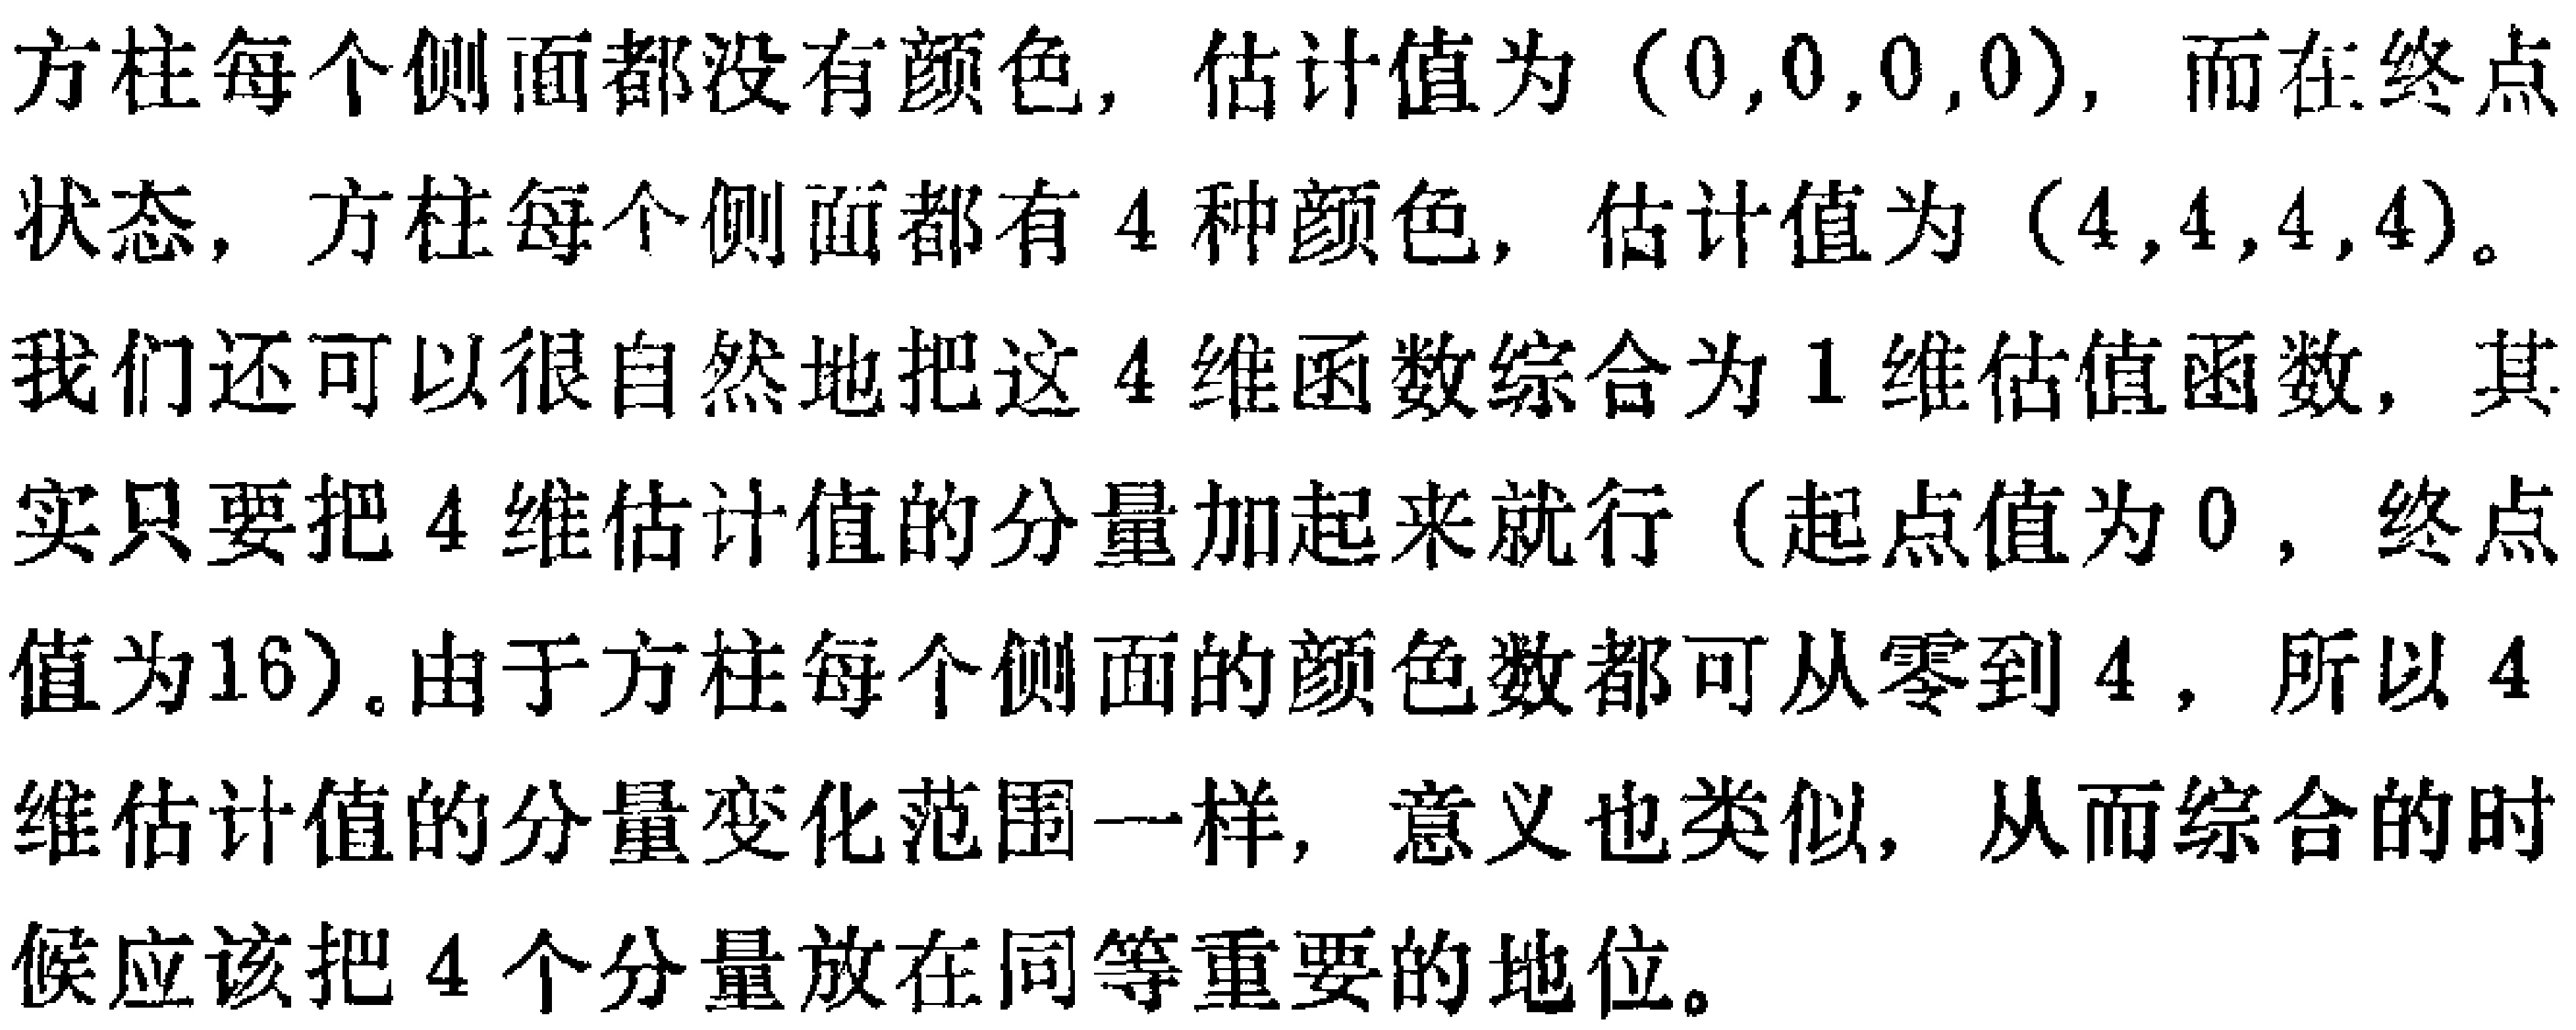
方柱每个侧面都没有颜色，估计值为\((0,0,0,0)\)，而在终点状态，方柱每个侧面都有\(4\)种颜色，估计值为\((4,4,4,4)\)。

我们还可以很自然地把这\(4\)维函数综合为\(1\)维估值函数，其实只要把\(4\)维估计值的分量加起来就行（起点值为\(0\)，终点值为\(16\)）。由于方柱每个侧面的颜色数都可从零到\(4\)，所以\(4\)维估计值的分量变化范围一样，意义也类似，从而综合的时候应该把\(4\)个分量放在同等重要的地位。